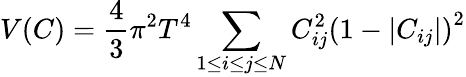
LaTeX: V(C)={\frac{4}{3}}\pi^{2}T^{4}\sum_{1\le i\le j\le N}C_{ij}^{2}\left(1-\vert C_{ij}\vert\right)^{2}